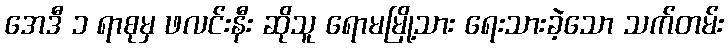
အေဒီ ၁ ရာစုမှ ဖလင်းနီး ဆိုသူ ရောမမြို့သား ရေးသားခဲ့သော သက်တမ်း